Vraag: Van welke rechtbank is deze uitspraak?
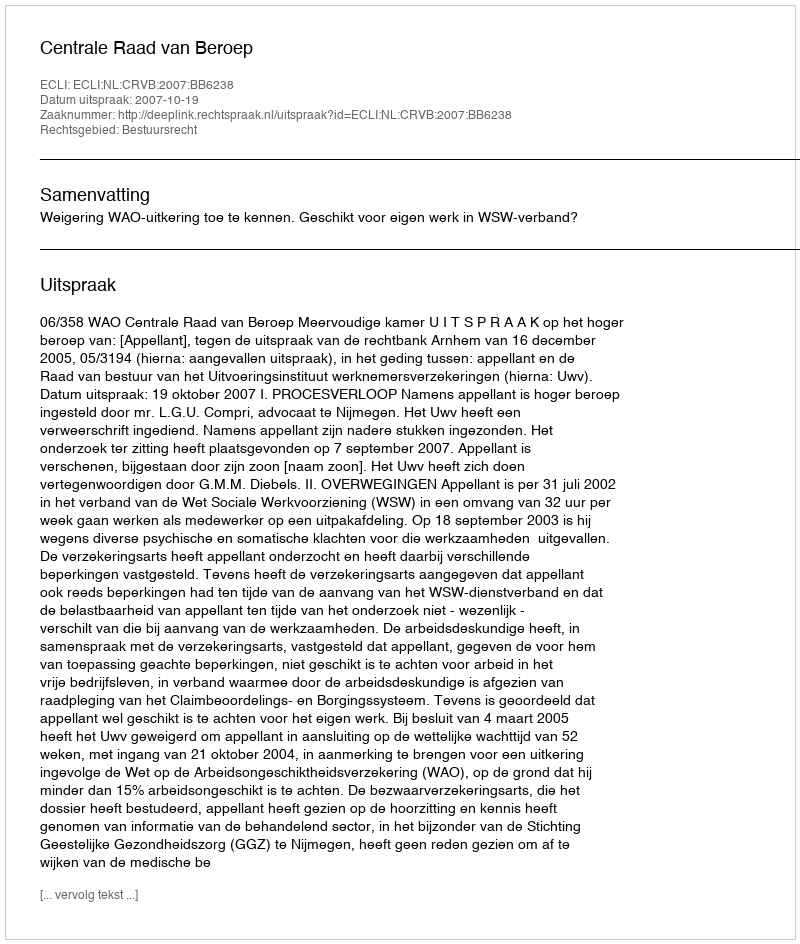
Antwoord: Centrale Raad van Beroep